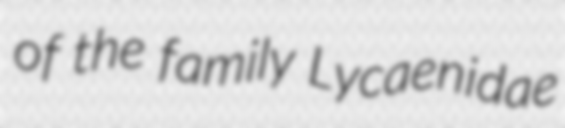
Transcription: of the family Lycaenidae